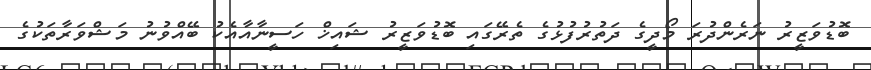
ބޮޑުވަޒީރު ނަރެންދުރަ މޯދީގެ ދަތުރުފުޅުގެ ތެރޭގައި ބޮޑުވަޒީރު ޝައިޚް ހަސީނާއާއެކު ބޭއްވުނު މަޝްވަރާތަކުގެ